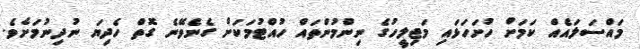
މައްސަލައެއް ކަމަށް ހުށަހަޅައި މަޖިލީހުގެ ނިންމުންތައް ހުއްޓުމަކަށް ގެނެވޭނެ ގޮތް ހެދިޔަ ނުދިނުމަށެވެ.